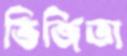
ভিজিতা